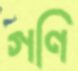
গণি